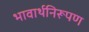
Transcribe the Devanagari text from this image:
भावार्थनिरूपण